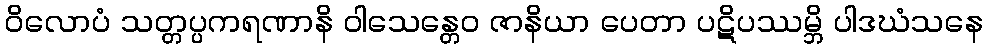
ဝိလောပံ သတ္တပ္ပကရဏာနိ ဝါသေန္တေဝ ဇာနိယာ ပေတာ ပဋိပဿမ္ဘိ ပါဒဃံသနေ